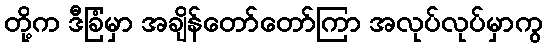
တို့က ဒီခြံမှာ အချိန်တော်တော်ကြာ အလုပ်လုပ်မှာကွ